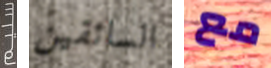
سليم السائقين مع